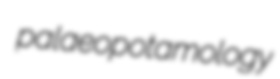
palaeopotamology